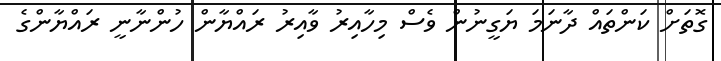
ގޮތަށް ކަންތައް ދާނަމަ ޔަގީނުން ވެސް މިހާއިރު ވާއިރު ރައްޔާން ހުންނާނީ ރައްޔާންގެ